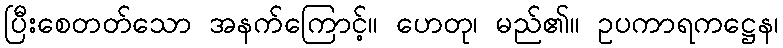
ပြီးစေတတ်သော အနက်ကြောင့်။ ဟေတု၊ မည်၏။ ဥပကာရကဋ္ဌေန၊